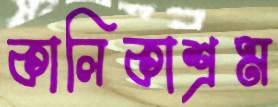
কালিকাশ্রম